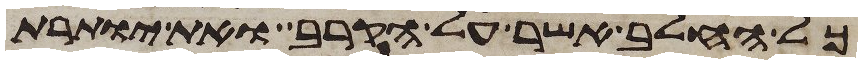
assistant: כל החלב אשר על הקרב ואת יותרת